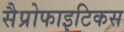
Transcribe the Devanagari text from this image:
सैप्रोफाइटिकस